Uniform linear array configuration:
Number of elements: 24
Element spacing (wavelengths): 0.5
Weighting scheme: cosine
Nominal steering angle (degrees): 45
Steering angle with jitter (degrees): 43.573
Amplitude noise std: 0.05
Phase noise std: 0.05

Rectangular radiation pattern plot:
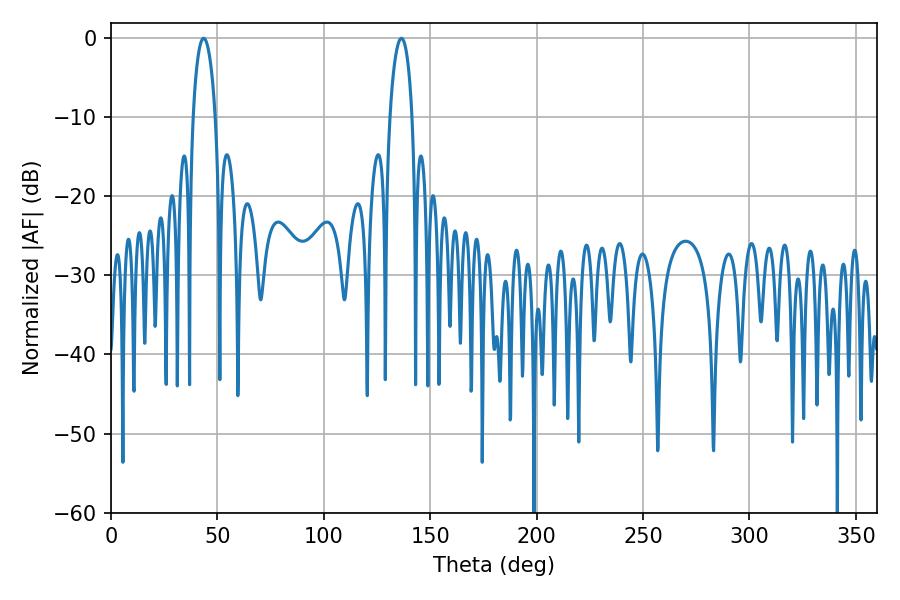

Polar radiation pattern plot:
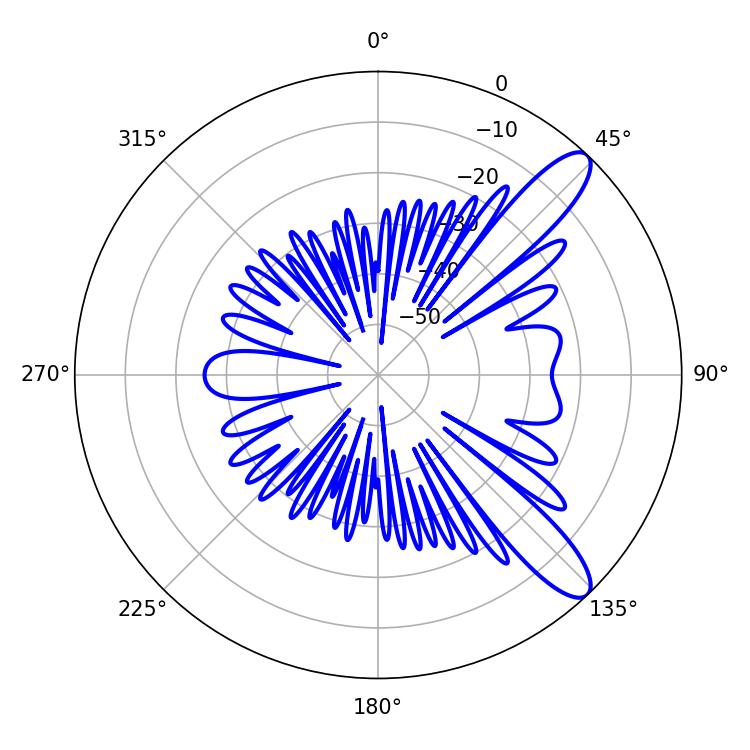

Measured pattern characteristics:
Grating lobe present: FALSE
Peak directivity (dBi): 10.986
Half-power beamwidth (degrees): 5.94
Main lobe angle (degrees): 43.56